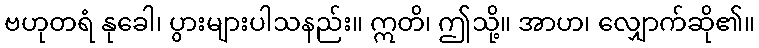
ဗဟုတရံ နုခေါ၊ ပွားများပါသနည်း။ ဣတိ၊ ဤသို့။ အာဟ၊ လျှောက်ဆို၏။